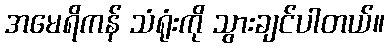
အမေရိကန် သံရုံးကို သွားချင်ပါတယ်။